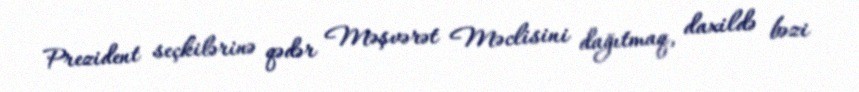
Prezident seçkilərinə qədər Məşvərət Məclisini dağıtmaq, daxildə bəzi